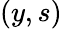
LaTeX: (y,s)